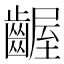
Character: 齷